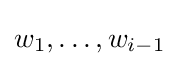
w_{1},\ldots ,w_{i-1}